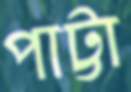
পাট্টা